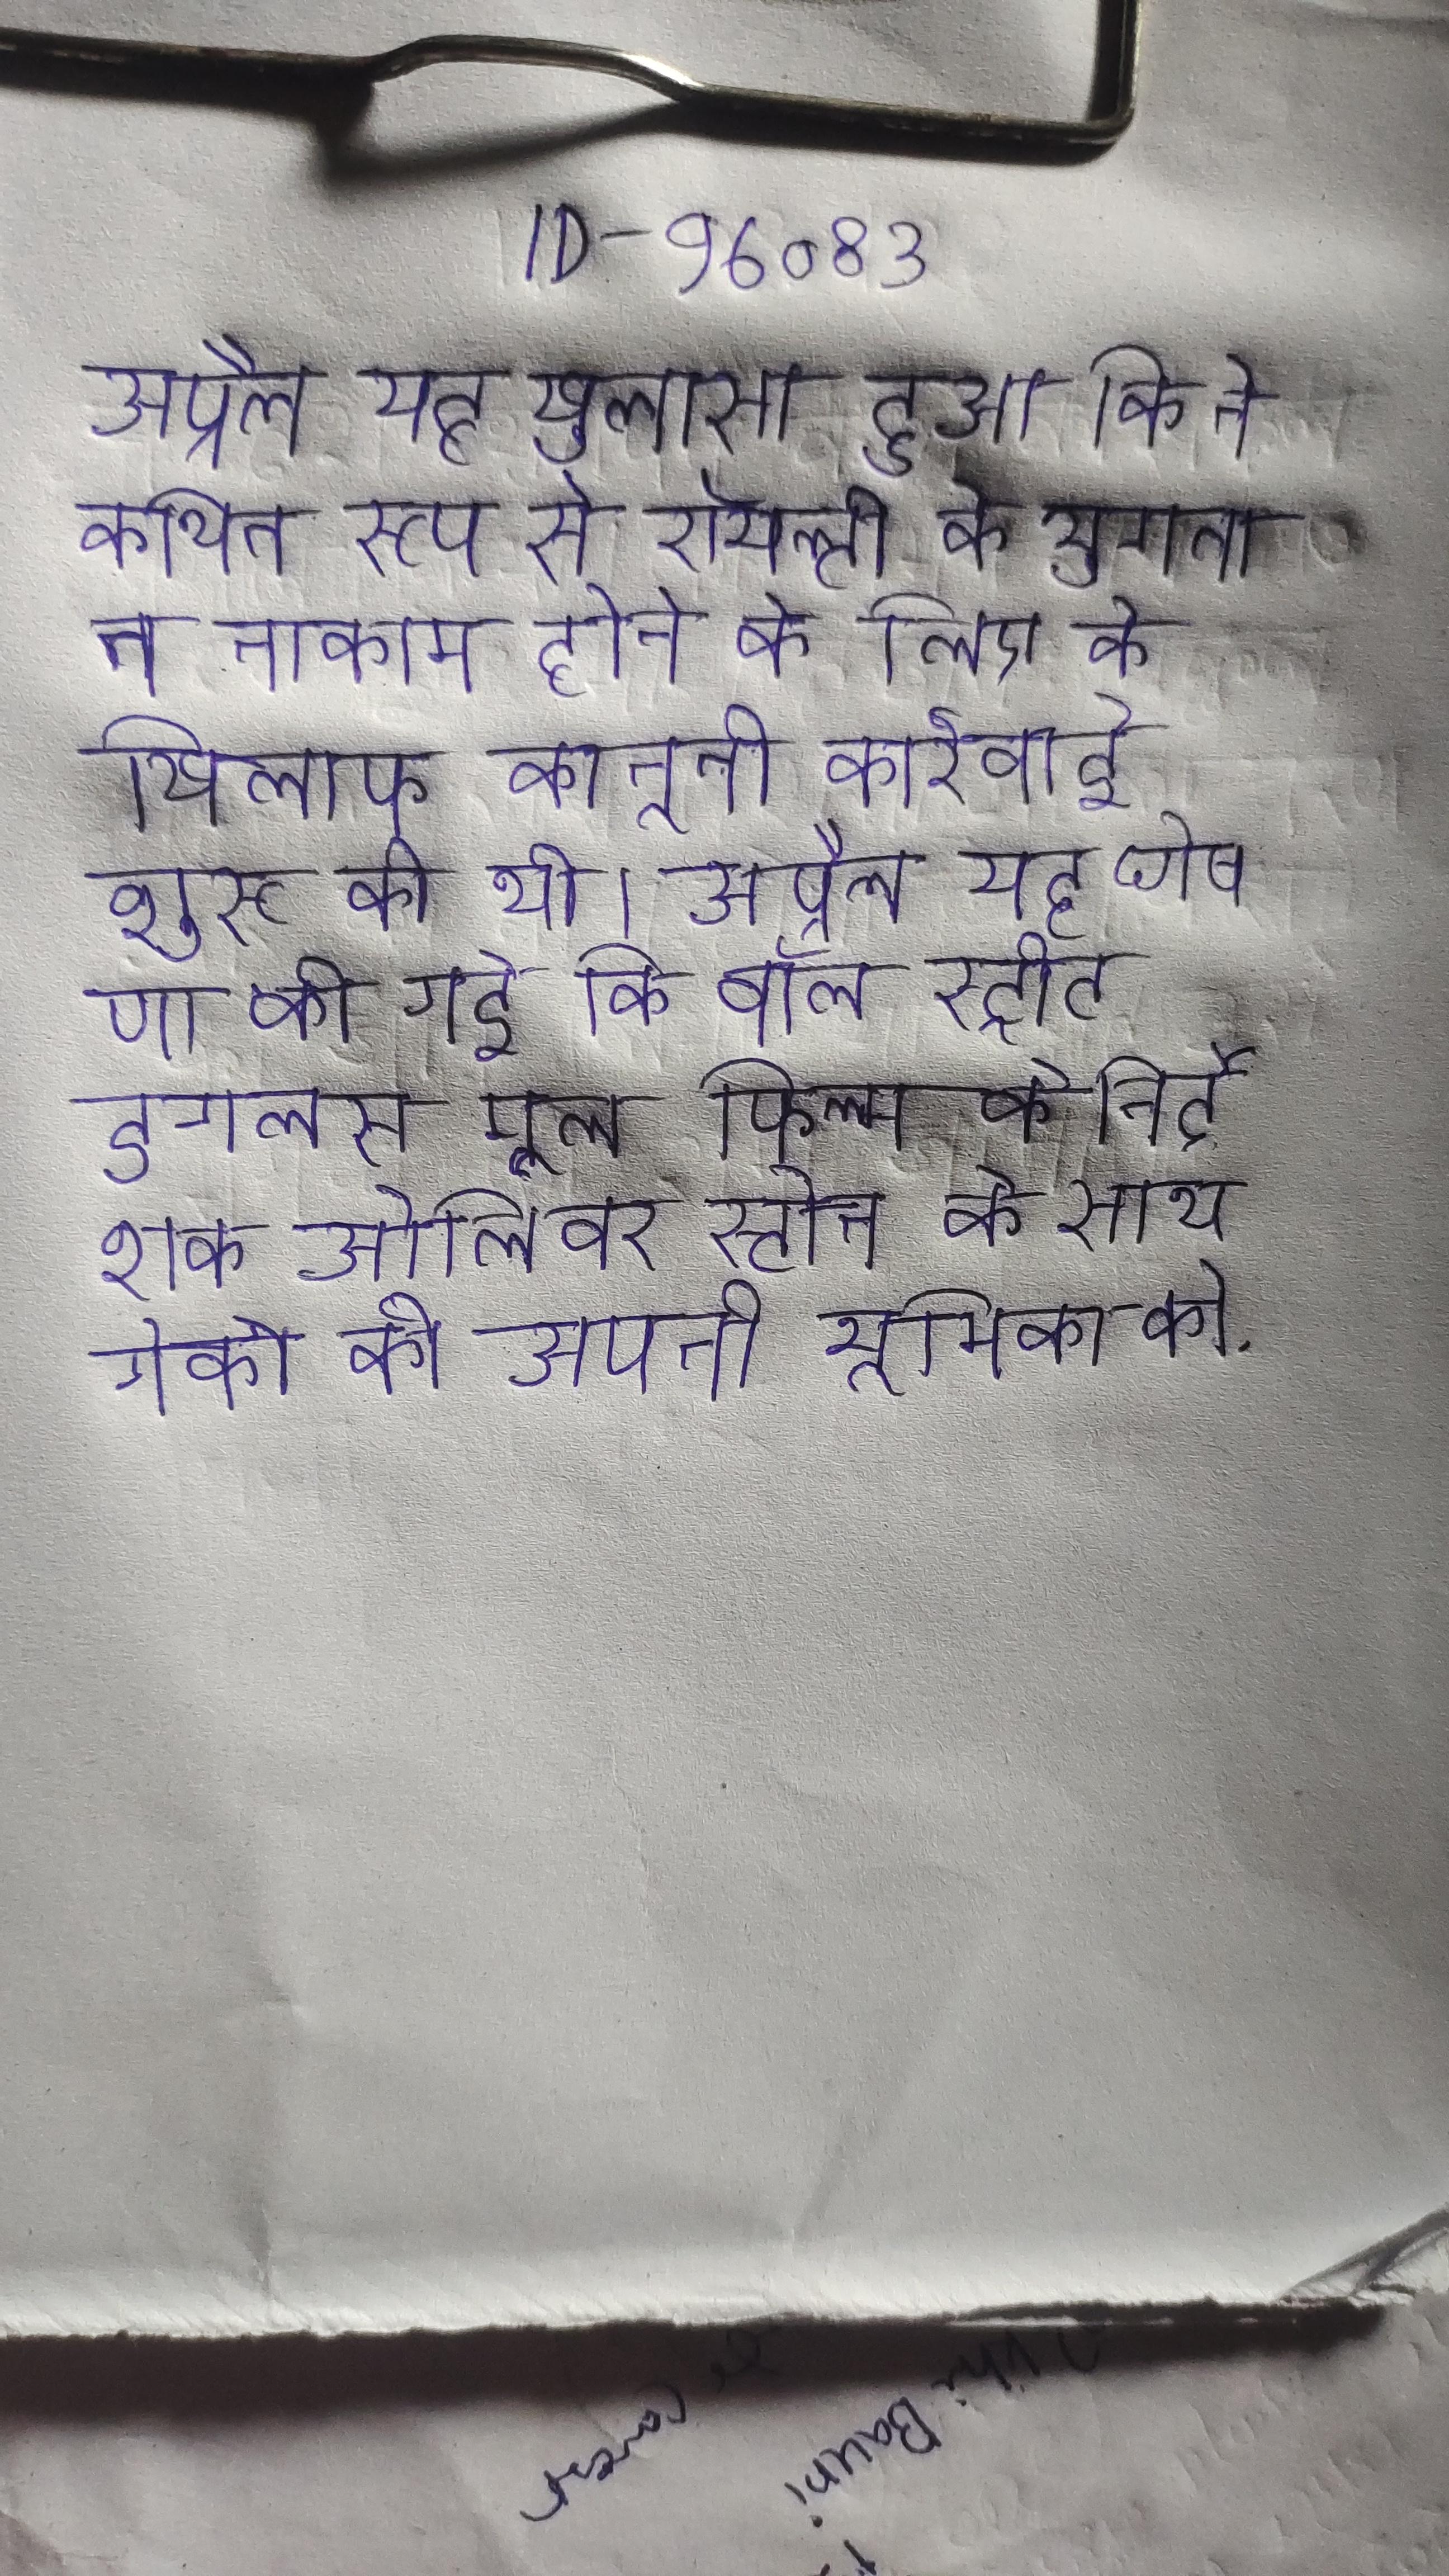
अप्रैल यह खुलासा हुआ कि ने कथित रूप से रॉयल्टी के भुगतान नाकाम होने के लिए के खिलाफ कानूनी कार्रवाई शुरू की थी । अप्रैल यह घोषणा की गई कि वॉल स्ट्रीट डगलस मूल फिल्म के निर्देशक ओलिवर स्टोन के साथ गेको की अपनी भूमिका को .